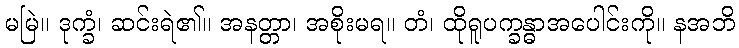
မမြဲ။ ဒုက္ခံ၊ ဆင်းရဲ၏။ အနတ္တာ၊ အစိုးမရ။ တံ၊ ထိုရူပက္ခန္ဓာအပေါင်းကို။ နအဘိ